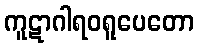
ကူဋာဂါရဝရူပေတော